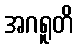
အဂရူတိ